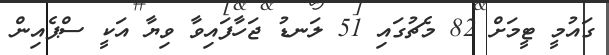
ގައުމީ ޓީމަށް 82 މެޗުގައި 51 ލަނޑު ޖަހާފައިވާ ވިޔާ އަކީ ސްޕެއިން